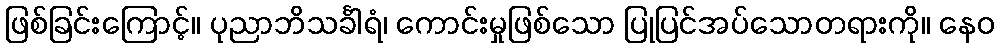
ဖြစ်ခြင်းကြောင့်။ ပုညာဘိသင်္ခါရံ၊ ကောင်းမှုဖြစ်သော ပြုပြင်အပ်သောတရားကို။ နေဝ